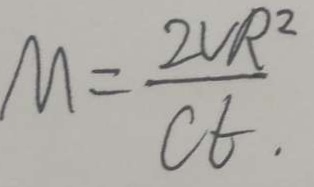
M = \frac { 2 V R ^ { 2 } } { C t . }